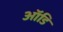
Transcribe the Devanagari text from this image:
ऑडि